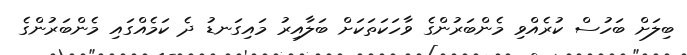
ބިލަށް ބަހުސް ކުރެއްވި މެންބަރުންގެ ވާހަކަތަކަށް ބަލާއިރު މައިގަނޑު ދެ ކަމެއްގައި މެންބަރުންގެ